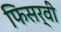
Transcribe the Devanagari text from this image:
फिसर्वी